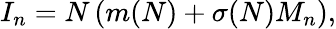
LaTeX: I_{n}=N\left(m(N)+\sigma(N)M_{n}\right),